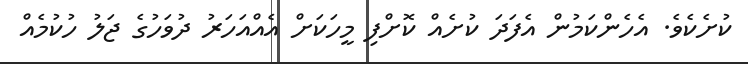
ކުށެކެވެ. އެހެންކަމުން އެފަދަ ކުށެއް ކޮށްފި މީހަކަށް އެއްއަހަރު ދުވަހުގެ ޖަލު ހުކުމެއް